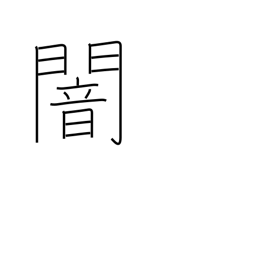
Meaning: gloom